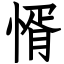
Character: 㥠